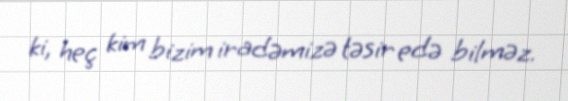
ki, heç kim bizim iradəmizə təsir edə bilməz.